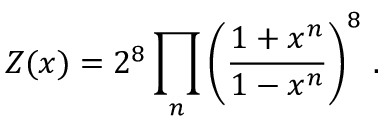
Z ( x ) = 2 ^ { 8 } \prod _ { n } \left( \frac { 1 + x ^ { n } } { 1 - x ^ { n } } \right) ^ { 8 } \, .